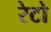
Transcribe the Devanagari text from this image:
रेटो